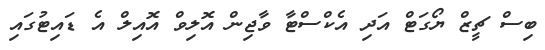
ބިސް ޗީޒް ޔޯގަޓް އަދި އެކްސްޓާ ވާޖިން އޮލިވް އޮއިލް އެ ޑައިޓުގައި